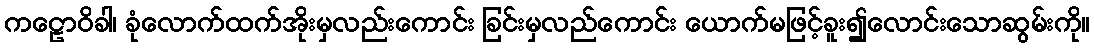
ကဠောဝိခါ၊ ခုံလောက်ထက်အိုးမှလည်းကောင်း ခြင်းမှလည်ကောင်း ယောက်မဖြင့်ခူး၍လောင်းသောဆွမ်းကို။